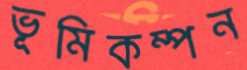
ভূমিকম্পন